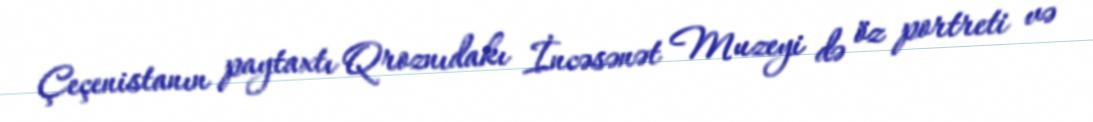
Çeçenistanın paytaxtı Qroznıdakı İncəsənət Muzeyi də öz portreti və